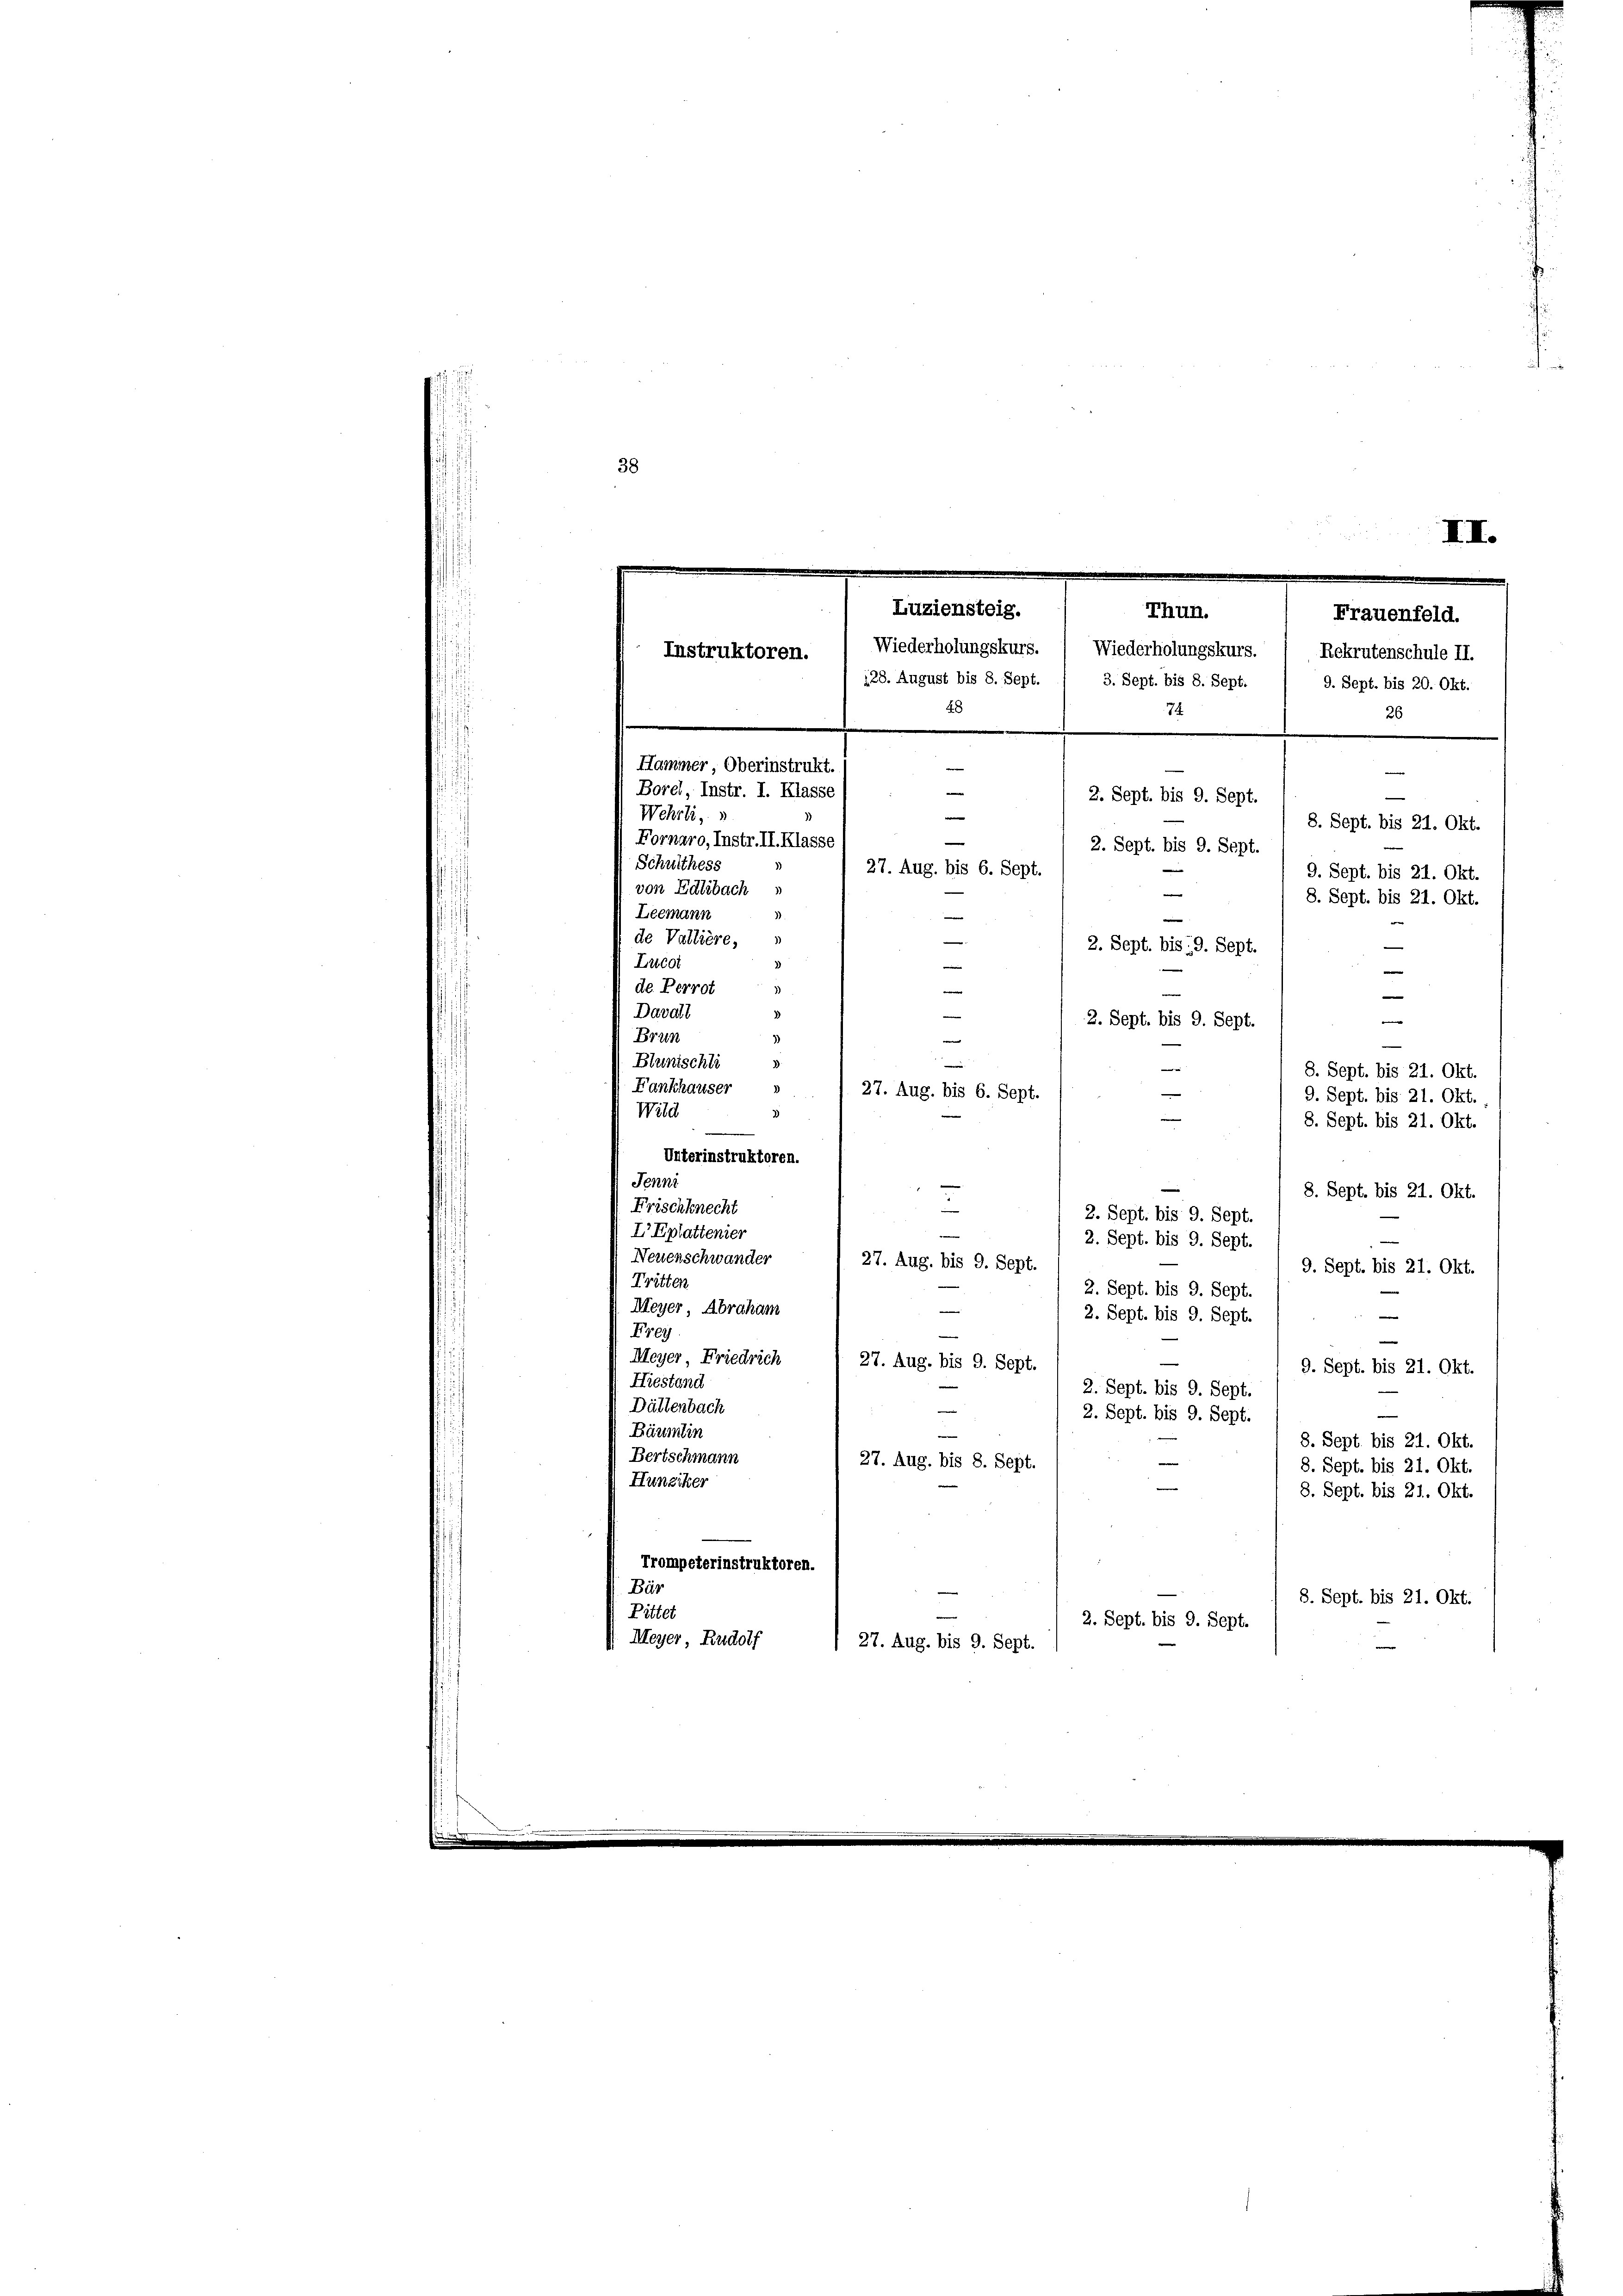
38

Fornaro, Instr. II. Klasse
Schulthess
von Edlebach
e
Leemann
e
de Vallière,
2. Sept. bis 19. Sept.
Lucot
de Perrot
|
e
Davall
e
e
2. Sept. bis 9. Sept.
Brun
e
3)
D
Blunischli
—
8. Sept. bis 21. Okt.
Fankhauser »
27. Aug. bis 6. Sept.
9. Sept. bis 21. Okt.
2
Wild
8. Sept. bis 21. Okt.
Unterinstruktoren.
Jenni
8. Sept. bis 21. Okt.
2
Frischknecht
2. Sept. bis 9. Sept.
I Eplattenier
2. Sept. bis 9. Sept.
Neuenschwander
27. Aug. bis 9. Sept.
9. Sept. bis 21. Okt.
Tritten
2. Sept. bis 9. Sept.
Meyer, Abraham
n
e
2. Sept. bis 9. Sept.
Frey
e
—
Meyer Friedrich
27. Aug. bis 9. Sept.
9. Sept. bis 21. Okt.
Hiestand
2. Sept. bis 9. Sept.
Dättenbach
e
2. Sept. bis 9. Sept.
Bäumlin
8. Sept bis 21. Okt.
Bertschmann
e
27. Aug. bis 8. Sept.
8. Sept. bis 21. Okt.
Hunziker
—
8. Sept. bis 21. Okt.
Trompeterinstruktoren.
Bär
8. Sept. bis 21. Okt.
e
Pittet
2. Sept. bis 9. Sept.
. Meyer, Rudolf
 27. Aug. bis 9. Sept.

III.
Luziensteig.
Thun.
Frauenfeld.
Wiederholungskurs. ( Wiederholungskurs. 1 Rekrutenschule II.
Instruktoren.
128. August bis 8. Sept. / 3. Sept. bis 8. Sept.
9. Sept. bis 20. Okt.
48
74
26
Hammer, Oberinstrukt.
e
e
Borel, Instr. I. Klasse
2. Sept. bis 9. Sept.
|
Wehrli, u
8. Sept. bis 21. Okt.

27. Aug. bis 6. Sept.
¬

2. Sept. bis 9. Sept.

9. Sept. bis 21. Okt.
8. Sept. bis 21. Okt.
—